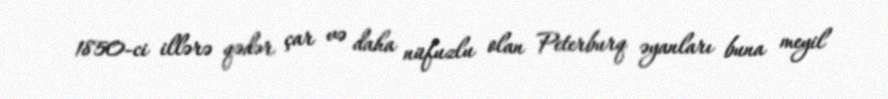
1850-ci illərə qədər çar və daha nüfuzlu olan Peterburq əyanları buna meyil